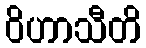
ဝိဟာသီတိ